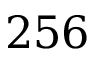
2 5 6